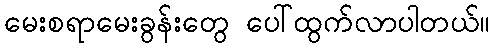
မေးစရာမေးခွန်းတွေ ပေါ်ထွက်လာပါတယ်။